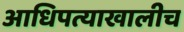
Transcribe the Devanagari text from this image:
आधिपत्याखालीच